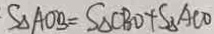
S _ { \Delta A O B } = S _ { \Delta C B O } + S _ { \Delta } A C O